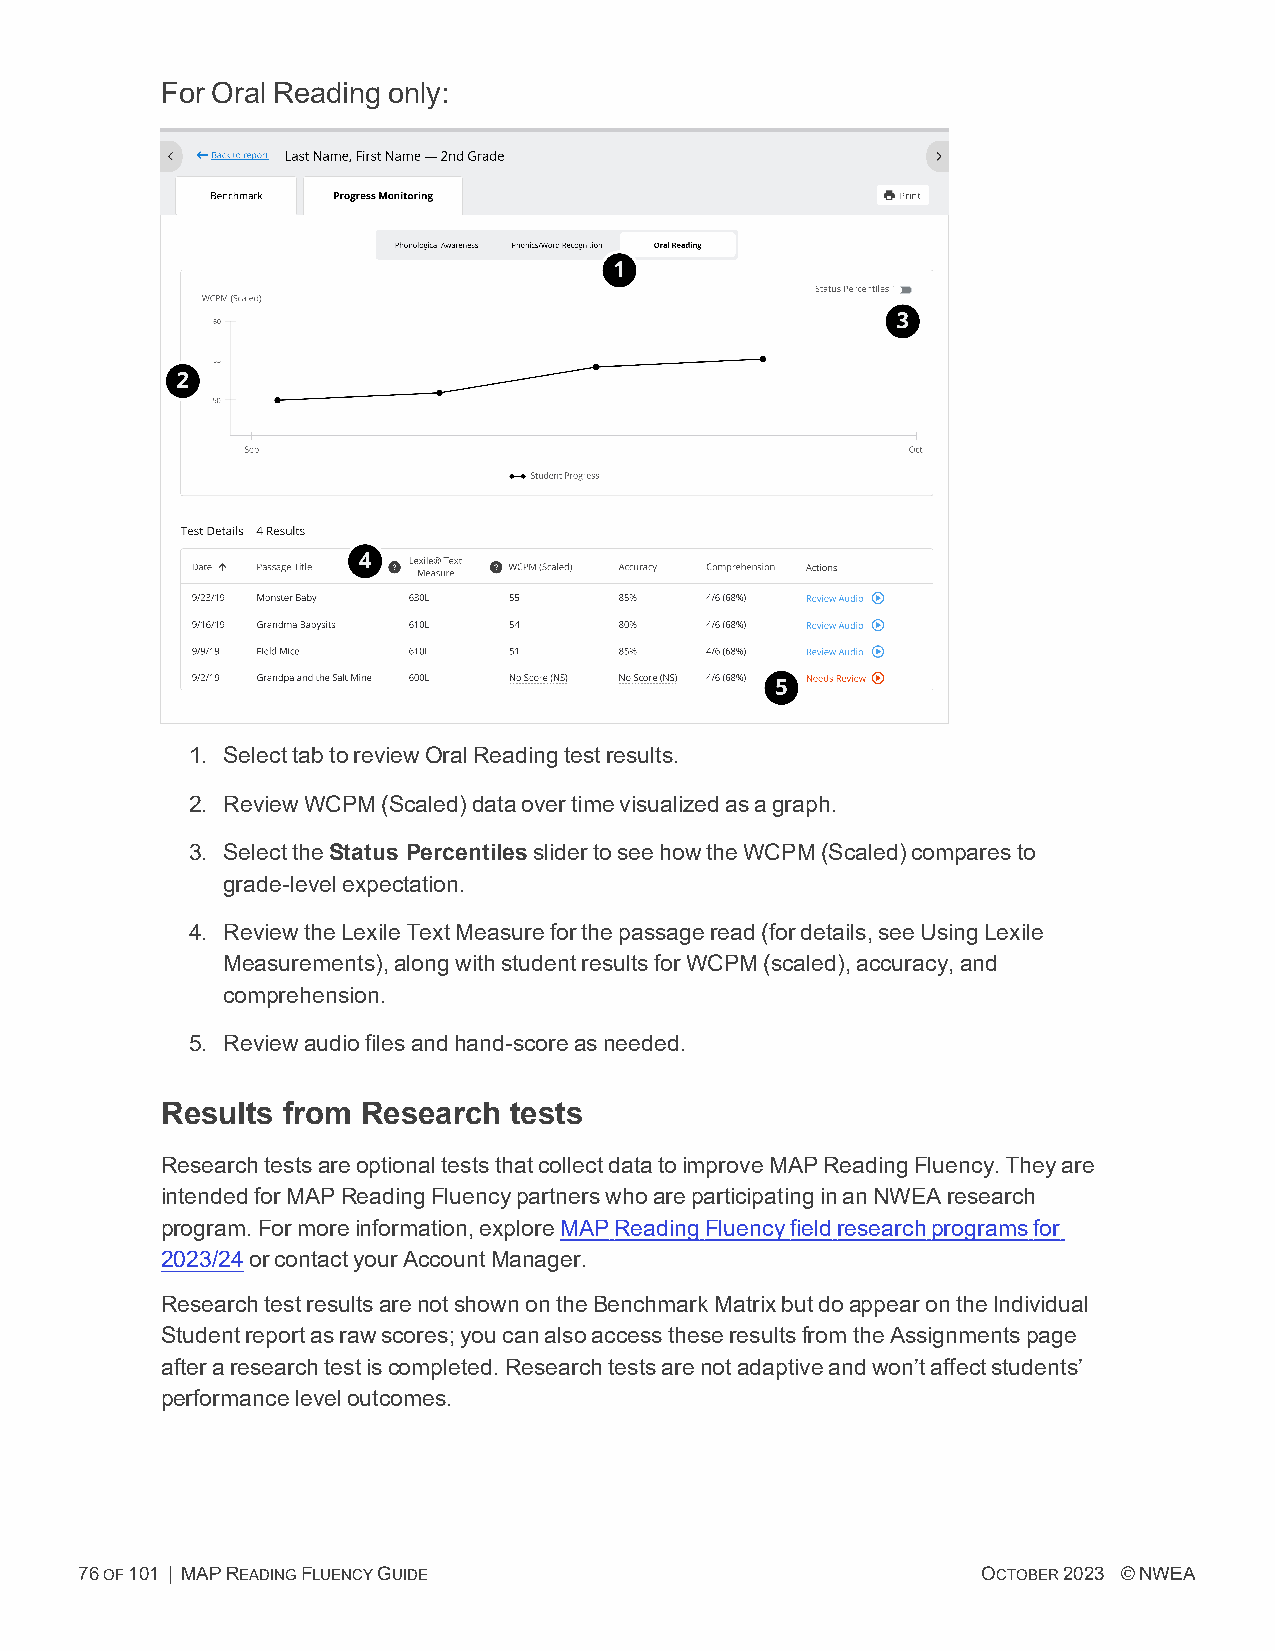
For Oral Reading only:
 1. SelecttabtoreviewOralReadingtestresults.
 2. ReviewWCPM(Scaled)dataovertimevisualizedasagraph.
 3. SelecttheStatus PercentilesslidertoseehowtheWCPM(Scaled)comparesto
 grade-levelexpectation.
 4. ReviewtheLexileTextMeasureforthepassageread(fordetails,seeUsingLexile
 Measurements),alongwithstudentresultsforWCPM(scaled),accuracy,and
 comprehension.
 5. Reviewaudiofilesandhand-scoreasneeded.
 Results from Research  tests
 ResearchtestsareoptionalteststhatcollectdatatoimproveMAPReadingFluency.Theyare
 intendedforMAPReadingFluencypartnerswhoareparticipatinginanNWEAresearch
 program.Formoreinformation,exploreMAPReadingFluencyfieldresearchprogramsfor
 2023/24orcontactyourAccountManager.
 ResearchtestresultsarenotshownontheBenchmarkMatrixbutdoappearontheIndividual
 Studentreportasrawscores;youcanalsoaccesstheseresultsfromtheAssignmentspage
 afteraresearchtestiscompleted.Researchtestsarenotadaptiveandwon’taffectstudents’
 performanceleveloutcomes.
 76OF101 | MAPREADINGFLUENCYGUIDE                            OCTOBER2023 ©NWEA